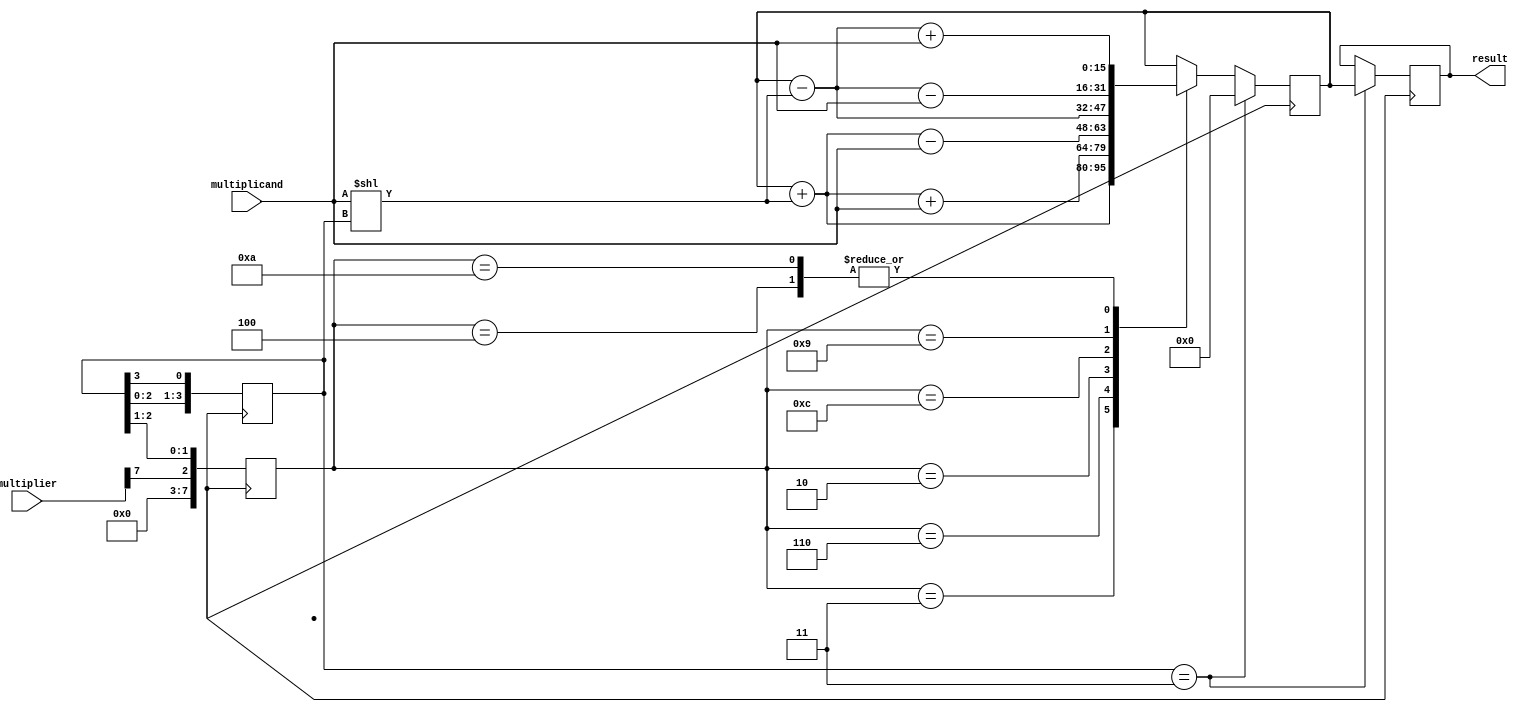
module booth_multiplier(
    input [7:0] multiplicand,
    input [7:0] multiplier,
    output reg [15:0] result
);

reg [15:0] partial_product;
reg [3:0] multiplier_shift;
reg [7:0] booth_encoder;

always @ (posedge clock) begin
    // Booth encoding
    case(booth_encoder)
        8'b0011: partial_product <= partial_product + (multiplicand << multiplier_shift);
        8'b0110: partial_product <= partial_product + (multiplicand << multiplier_shift) + multiplicand;
        8'b0010: partial_product <= partial_product + (multiplicand << multiplier_shift) - multiplicand;
        8'b0100: partial_product <= partial_product - (multiplicand << multiplier_shift) + multiplicand;
        8'b1100: partial_product <= partial_product - (multiplicand << multiplier_shift);
        8'b1001: partial_product <= partial_product - (multiplicand << multiplier_shift) - multiplicand;
        8'b1010: partial_product <= partial_product - (multiplicand << multiplier_shift) + multiplicand;
    endcase

    // Update multiplier shift and booth encoding
    multiplier_shift <= {multiplier_shift[2:0], multiplier_shift[3]};
    booth_encoder <= {multiplier[7], multiplier_shift[2], multiplier_shift[1]};

    // Accumulate partial products
    if(multiplier_shift == 3) begin
        result <= partial_product;
        partial_product <= 0;
    end
end

endmodule